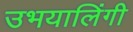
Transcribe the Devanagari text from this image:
उभयालिंगी